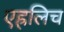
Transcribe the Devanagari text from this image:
एह्रलिच